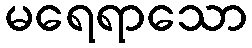
မရေရာသော